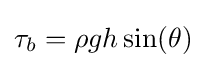
\tau _{b}=\rho gh\sin(\theta )